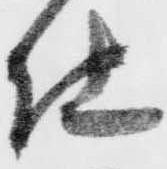
仕